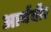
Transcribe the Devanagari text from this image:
आर्यवीर